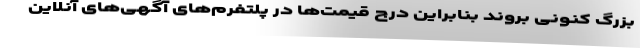
بزرگ کنونی بروند بنابراین درج قیمت‌ها در پلتفرم‌های آگهی‌های آنلاین